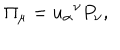
\Pi _ { \mu } = u _ { \alpha } \hspace { 0 . 1 m m } ^ { \nu } P _ { \nu } ,